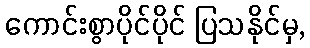
ကောင်းစွာပိုင်ပိုင် ပြသနိုင်မှ,